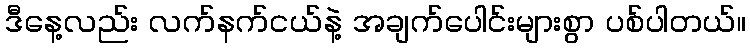
ဒီနေ့လည်း လက်နက်ငယ်နဲ့ အချက်ပေါင်းများစွာ ပစ်ပါတယ်။